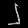
Digit: ၂